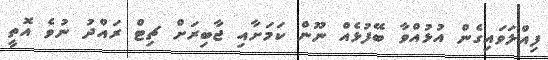
ފިއްލަވައިގެން އުޅުއްވާ ބޭފުޅެއް ނޫން ކަމަށާއި ޖާބިރަށް ޗިޓް ރައްދު ނުވެ އޮތީ